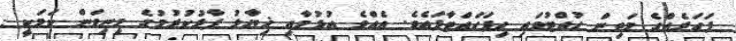
ފަހަރެއްގެ މަތިން ހުއްޓުވައި ހިފަހައްޓާފައެވެ. އެއްވެ އުޅުމާއި ޚިޔާލު ފާޅުކުރުމުގެ މިނިވަން ކަމަކީ